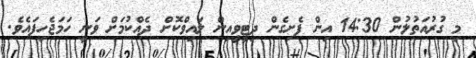
މި ގުރުއަތުލުން 14:30 އިން ފެށިގެން ދިޓީވީއިން ލައިވްކޮށް ދެއްކުމަށް ވަނީ ހަމަޖެހިފައެވެ.